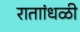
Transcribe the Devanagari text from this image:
राताांधळी